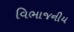
વિભાજનીય